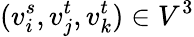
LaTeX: (v_{i}^{s},v_{j}^{t},v_{k}^{t})\in V^{3}